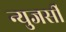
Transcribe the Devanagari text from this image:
न्युजर्सी